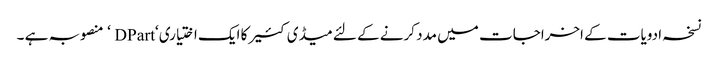
نسخہ ادویات کے اخراجات میں مدد کرنے کے لئے میڈی کئیر کا ایک اختیاری ‘DPart ‘ منصوبہ ہے ۔